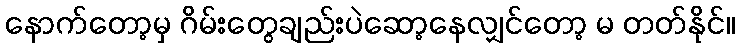
နောက်တော့မှ ဂိမ်းတွေချည်းပဲဆော့နေလျှင်တော့ မ တတ်နိုင်။